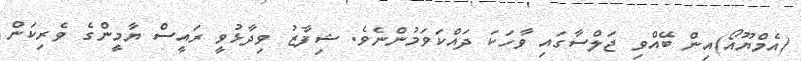
(އެމްޔޫއޯ)އިން ބޭއްވި ޖަލްސާގައި ވާހަކަ ދައްކަވަމުންނެވެ. ޝިފާޒު ވިދާޅުވީ ރައީސް ޔާމީންގެ ވެރިކަން